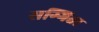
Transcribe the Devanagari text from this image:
सग्गिता